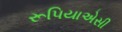
રૂપિયાએસી